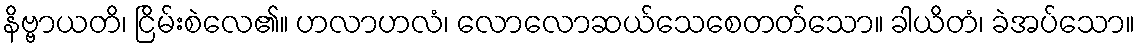
နိဗ္ဗာယတိ၊ ငြိမ်းစဲလေ၏။ ဟလာဟလံ၊ လောလောဆယ်သေစေတတ်သော။ ခါယိတံ၊ ခဲအပ်သော။